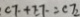
C F + E F = C E